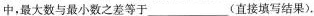
中，最大数与最小数之差等于___(直接填写结果)。